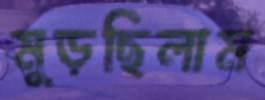
মুড়ছিলাম